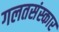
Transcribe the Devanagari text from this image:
गलतसंस्कार